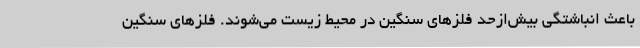
باعث انباشتگی بیش‌ازحد فلزهای سنگین در محیط زیست می‌شوند. فلزهای سنگین